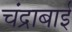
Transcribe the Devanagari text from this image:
चंद्राबाई